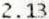
2.13